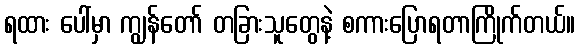
ရထား ပေါ်မှာ ကျွန်တော် တခြားသူတွေနဲ့ စကားပြောရတာကြိုက်တယ်။